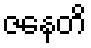
ဇနေတိ